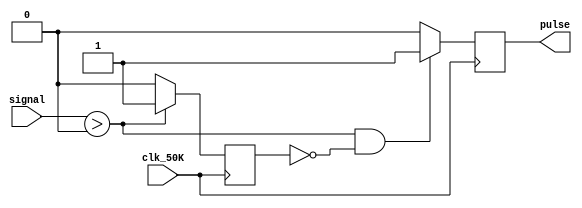
`timescale 1ns / 1ps
//////////////////////////////////////////////////////////////////////////////////
// Company: 
// Engineer: 
// 
// Design Name: 
// Module Name:    over_sample 
// Project Name: 
// Target Devices: 
// Tool versions: 
// Description: 
//
// Dependencies: 
//
// Revision: 
// Revision 0.01 - File Created
// Additional Comments: 
//
//////////////////////////////////////////////////////////////////////////////////
module over_sample(
	input clk_50K,
	input signal,
	output reg pulse = 0
    );
reg pre_state = 0;

always @(posedge clk_50K) begin

	if (signal > 0 && pre_state == 0) begin
		pulse = 1;
	end
	else begin
		pulse = 0;
	end

	if (signal > 0) begin
		pre_state = 1;
	end
	else begin
		pre_state = 0;
	end
	
end

endmodule